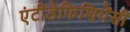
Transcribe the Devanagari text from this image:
एंटीडेफिशियेंसी